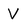
Character: V